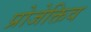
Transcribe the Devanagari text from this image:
प्रोजेक्तिव